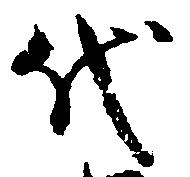
代